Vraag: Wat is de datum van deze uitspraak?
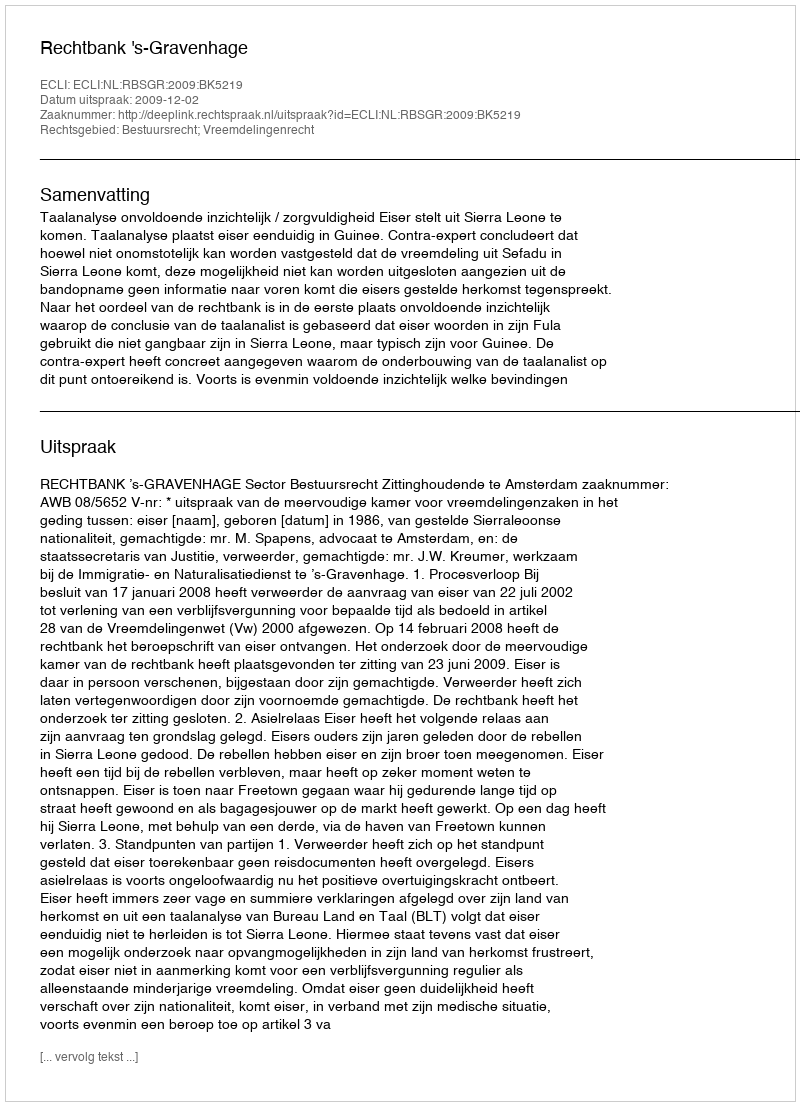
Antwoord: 2009-12-02